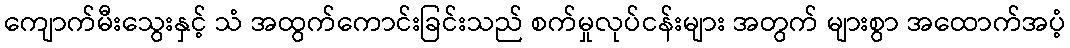
ကျောက်မီးသွေးနှင့် သံ အထွက်ကောင်းခြင်းသည် စက်မှုလုပ်ငန်းများ အတွက် များစွာ အထောက်အပံ့